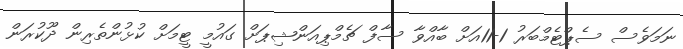
ނަމަވެސް ސެޕްޓެމްބަރު 1-11އަށް ބާއްވާ ސާފް ޗެމްޕިއަންޝިޕަށް ގައުމީ ޓީމަށް ކުޅުންތެރިން ދޫކުރަން